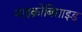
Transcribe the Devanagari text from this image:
माइक्रोबिसाइड